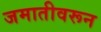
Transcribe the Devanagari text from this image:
जमातीवरून